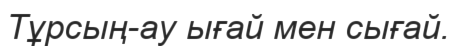
Тұрсың-ау ығай мен сығай.